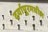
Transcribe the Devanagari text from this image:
दर्यापूरमधील